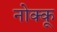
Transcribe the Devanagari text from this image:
नोक्कू